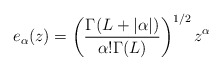
\begin{align*} e_{\alpha}(z)=\left(\frac{\Gamma(L+|\alpha|)}{\alpha!\Gamma(L)}\right)^{1/2} z^\alpha\end{align*}